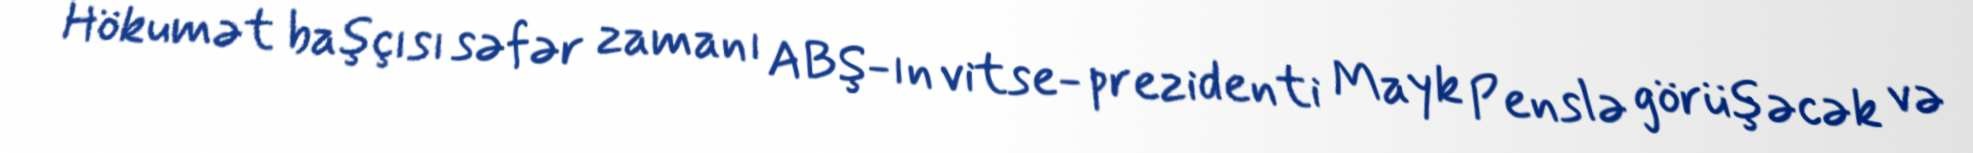
Hökumət başçısı səfər zamanı ABŞ-ın vitse- prezidenti Mayk Penslə görüşəcək və